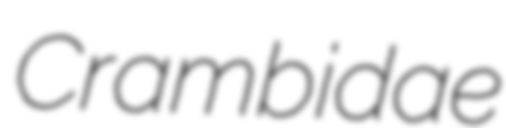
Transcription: Crambidae